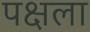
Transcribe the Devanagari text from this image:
पक्षला